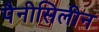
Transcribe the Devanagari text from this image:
पैनीसिलीन